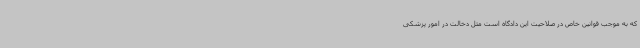
که به موجب قوانین خاص در صلاحیت این دادگاه است مثل دخالت در امور پزشکی